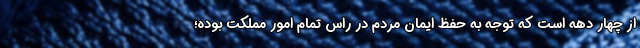
از چهار دهه است که توجه به حفظ ایمان مردم در راس تمام امور مملکت بوده؛